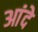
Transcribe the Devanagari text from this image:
आंदे